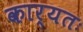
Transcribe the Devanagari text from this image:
कार्यतः